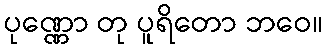
ပုဏ္ဏော တု ပူရိတော ဘဝေ။